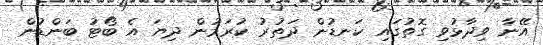
އޭނާ ވިދާޅުވި ގޮތުގައި ކަނޑުން ދަތުރު ކުރަމުން ދިޔަ އެ ބޯޓު ބަންޑުން